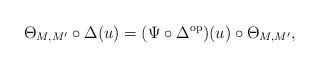
LaTeX: \begin{align*} \Theta_{M,M'}\circ \Delta(u) = (\Psi\circ\Delta^{\mathrm{op}})(u) \circ \Theta_{M,M'},\end{align*}